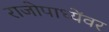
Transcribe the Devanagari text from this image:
राजोपाध्येंवर